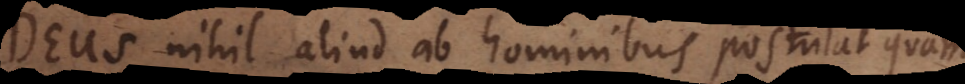
Deus nihil aliud ab hominibus postulat